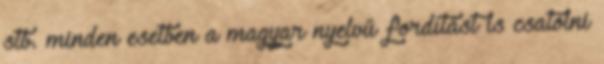
stb. minden esetben a magyar nyelvű fordítást is csatolni